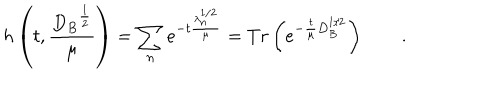
h \left( t , \frac { { D _ { B } } ^ { \frac 1 2 } } { \mu } \right) = \sum _ { n } e ^ { - t \frac { \lambda _ { n } ^ { 1 / 2 } } \mu } = T r \left( e ^ { - \frac t \mu D _ { B } ^ { 1 / 2 } } \right) \qquad .